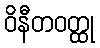
ဝိနီတဝတ္ထု